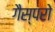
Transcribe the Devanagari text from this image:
गैस्परो